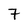
Character: 7